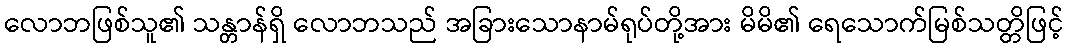
လောဘဖြစ်သူ၏ သန္တာန်ရှိ လောဘသည် အခြားသောနာမ်ရုပ်တို့အား မိမိ၏ ရေသောက်မြစ်သတ္တိဖြင့်